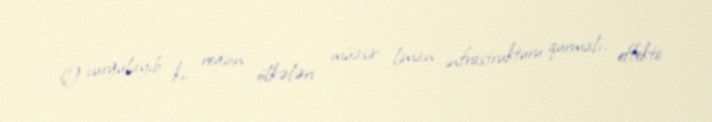
O vurğulayıb ki, region ölkələri müasir liman infrastrukturu qurmalı, effektiv